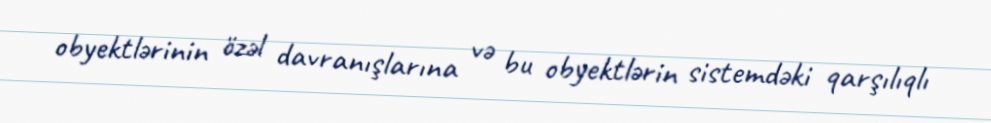
obyektlərinin özəl davranışlarına və bu obyektlərin sistemdəki qarşılıqlı